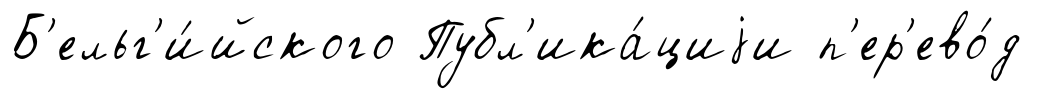
Б'ельг'и́йского Публ'ика́циjи п'ер'ево́д